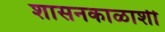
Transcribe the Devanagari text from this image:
शासनकाळाशी